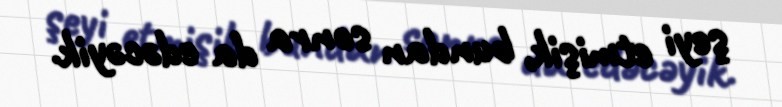
şeyi etmişik, bundan sonra da edəcəyik.